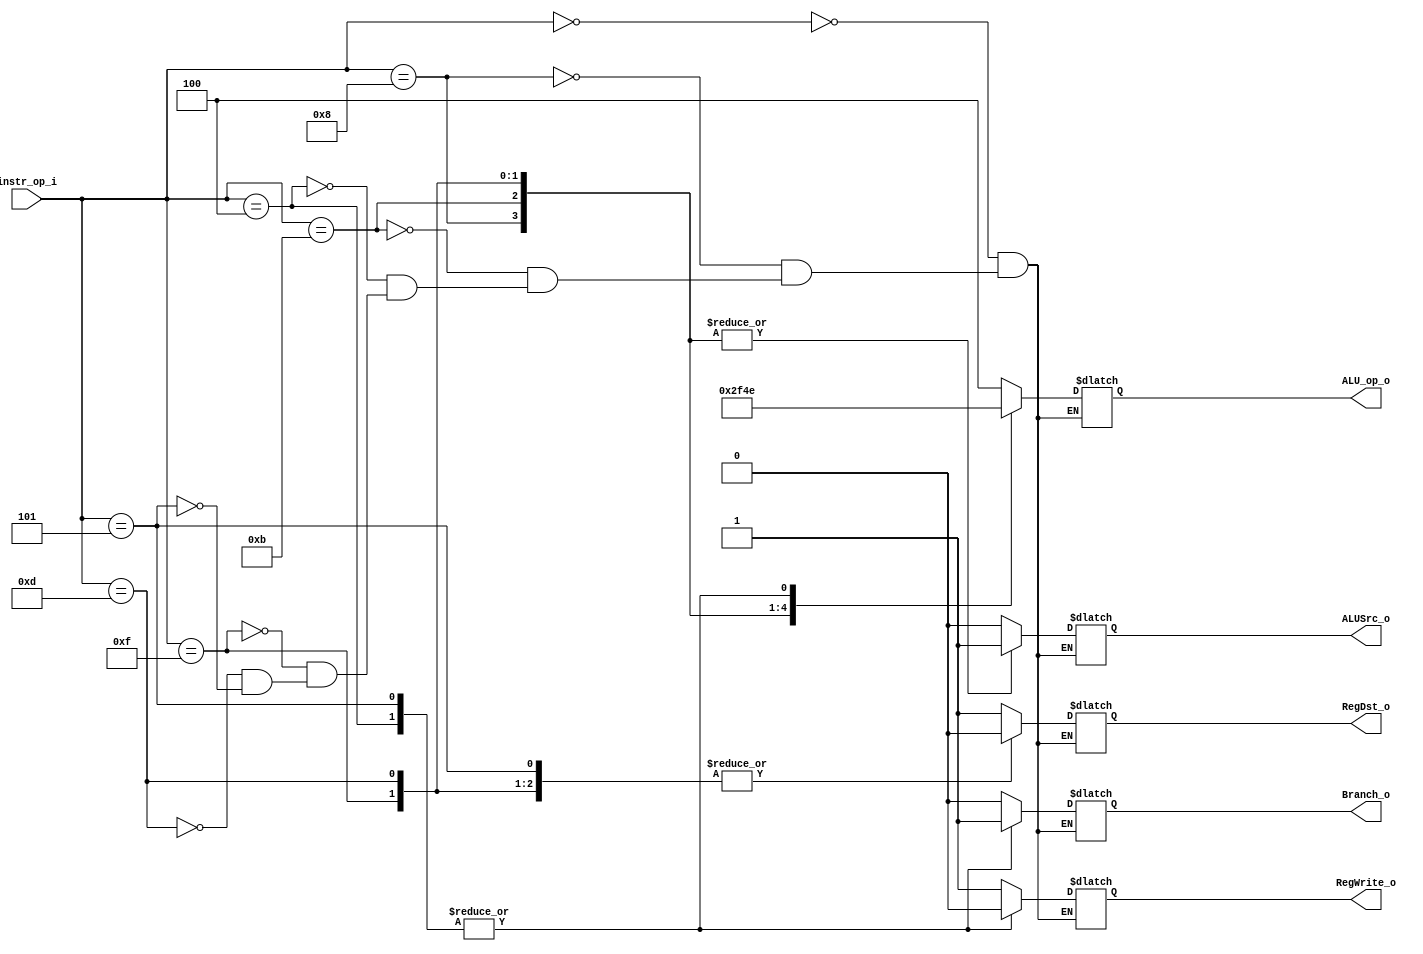

module Decoder(
    instr_op_i,
    RegWrite_o,
    ALU_op_o,
    ALUSrc_o,
    RegDst_o,
    Branch_o
    );

//I/O ports
input  [6-1:0] instr_op_i;

output         RegWrite_o;
output [3-1:0] ALU_op_o;
output         ALUSrc_o;
output         RegDst_o;
output         Branch_o;

//Internal Signals
reg    [3-1:0] ALU_op_in_o;
reg            ALUSrc_in_o;
reg            RegWrite_in_o;
reg            RegDst_in_o;
reg            Branch_in_o;

assign RegWrite_o = RegWrite_in_o;
assign ALU_op_o = ALU_op_in_o;
assign ALUSrc_o = ALUSrc_in_o;
assign RegDst_o = RegDst_in_o;
assign Branch_o = Branch_in_o;

always @(*) begin
	case(instr_op_i)
		6'b000000 : {RegWrite_in_o,ALUSrc_in_o,ALU_op_in_o,RegDst_in_o,Branch_in_o} = {1'b1,1'b0,3'b100,1'b1,1'b0};
		6'b001000 : {RegWrite_in_o,ALUSrc_in_o,ALU_op_in_o,RegDst_in_o,Branch_in_o} = {1'b1,1'b1,3'b010,1'b0,1'b0};
		6'b001011 : {RegWrite_in_o,ALUSrc_in_o,ALU_op_in_o,RegDst_in_o,Branch_in_o} = {1'b1,1'b1,3'b111,1'b0,1'b0};
		6'b000100 : {RegWrite_in_o,ALUSrc_in_o,ALU_op_in_o,RegDst_in_o,Branch_in_o} = {1'b0,1'b0,3'b110,1'b0,1'b1};
		6'b001111 : {RegWrite_in_o,ALUSrc_in_o,ALU_op_in_o,RegDst_in_o,Branch_in_o} = {1'b1,1'b1,3'b101,1'b0,1'b0};
		6'b001101 : {RegWrite_in_o,ALUSrc_in_o,ALU_op_in_o,RegDst_in_o,Branch_in_o} = {1'b1,1'b1,3'b001,1'b0,1'b0};
		6'b000101 :	{RegWrite_in_o,ALUSrc_in_o,ALU_op_in_o,RegDst_in_o,Branch_in_o} = {1'b0,1'b0,3'b110,1'b0,1'b1};	
	endcase
end

endmodule